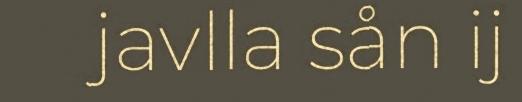
javlla sån ij